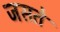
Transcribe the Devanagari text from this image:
जसते